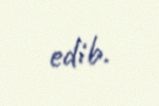
edib.